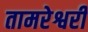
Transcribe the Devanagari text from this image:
तामरेश्वरी